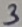
Text: 3